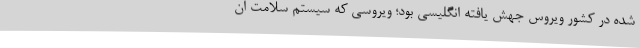
شده در کشور ویروس جهش یافته انگلیسی بود؛ ویروسی که سیستم سلامت ان